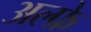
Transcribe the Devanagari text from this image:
अल्फ्रे